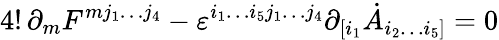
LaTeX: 4!\, \partial_{m}F^{mj_{1}\dots j_{4}}-\varepsilon^{i_{1}\dots i_{5}j_{1}\dots j_{4}}\partial_{[i_{1}}\dot{A}_{i_{2}\dots i_{5}]}=0